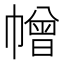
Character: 𢅋